Calcutta medical institutions reports 1879-81 [i.e.91]
Year: 1879
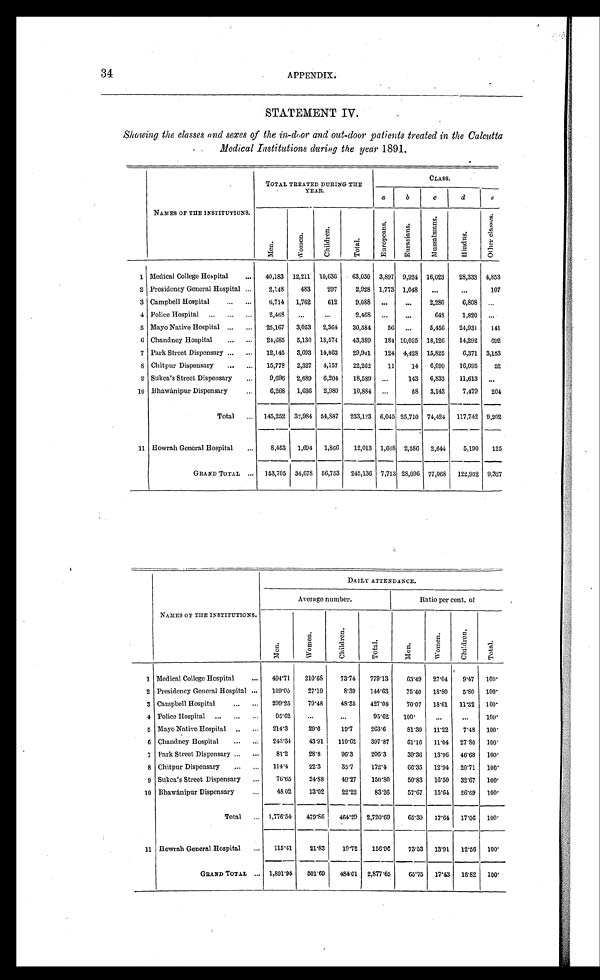
34
APPENDIX.
STATEMENT IV.
Showing the classes and sexes of the in-door and out-door patients treated in the Calcutta
Medical Institutions during the year 1891.
NAMES OF THE INSTITUTIONS.
TOTAL TREATED DURING THE
YEAR.
CLASS.
a
b
c
d
e
Men.
Women.
chi l dr en.
Tot al .
Eu r o p e a n s .
Eur a s i a ns .
Mu s s a l ma n s .
Hindus.
Ot her cl as s es .
1 Medical College Hospital . . .
40,183 12,211
10,636
63,030
3,897 9,924 16,023
28,333 4,853
2 Presidency General Hospital . . .
2,148
483
297
2,928 1,773 1,048
. . .
. . .
107
3 Campbell Hospital . . .
6,714
1,762
612
9,088
. . .
. . .
2,280
6,808
. . .
4 Police Hospital . . .
2,468
. . .
. . .
2,468
. . .
. . .
648
1,820
. . .
5 Mayo Native Hospital . . .
25,167
3,053
2,364
30,584
56
. . .
5,456
24,931
141
6 Chandney Hospital . . .
24,685
5,130 13,574
43,389
184 10,095 18,126
14,292
692
7 Park Street Dispensary . . .
12,145
3,693 14,063
29,901
124 4,428 15,825
6,371 3,153
8 Chitpur Dispensary . . .
15,778
2,327
4,157
22,262
11
14
6,090
16,095
52
9 Sukea's Street Dispensary . . .
9,696
2,689
6,204
18,589
. . .
143
6,833
11,613
. . .
10 Bhawánipur Dispensary . . .
6,268
1,636
2,980
10,884
. . .
58
3,143
7,479
204
Total . . .
145,252
32,984 54,887
233,123 6,045 25,710 74,424
117,742 9,202
11 Howrah General Hospital . . .
8,453
1,694
1,866
12,013 1,668 2,386
2,644
5,190
125
GRAND TOTAL . . .
153,705
34,678 56,753
245,136
7,713 28,096 77,068
122,932 9,327
NAMES OFTHE INSTITUTIONS.
DAILY ATTENDANCE.
Average number.
Ratio per cent. of
Men.
Women.
Chi l dr en.
Total.
Men.
Women.
Chi l dr e n.
Total.
1 Medical College Hospital . . .
494.71
210.68
73.74
779.13
63.49
27.04
9.47
100.
2 Presidency General Hospital . . .
109.05
27.19
8.39
144.63
75.40
18.8O
5.80
100.
3 Campbell Hospital . . .
299.25
79.48
48.35
427.08
70.07
18.61
11.32
100.
4 Police Hospital . . .
95.62
. . .
. . .
95.62
100.
. . .
. . .
100.
5 Mayo Native Hospital . . .
214.3
29.6
19.7
263.6
81.30
11.22
7.48
100.
6 Chandney Hospital . . .
243.34
43.91
110.62
397.87
61.16
11.04
27.80
100.
7 Park Street Dispensary . . .
81.2
28.8
96.3
206.3
39.36
13.96
46.68
100.
8 Chitpur Dispensary . . .
114.4
22.3
35.7
172.4
66.35
12.94
20.71
100.
9 Sukea's Street Dispensary . . .
76.65
24.88
49.27
150.80
50.83
16.50
32.67
100.
10 Bhawánipur Dispensary . . .
48.02
13.02
22.22
83.26
57.67
15.64
26.69
100.
Total . . . 1,776.54
479.86
464.29
2,720.69
65.30
17.64
17.06
100.
11 Howrah General Hospital . . .
115.41
21.83
19.72
156.96
73.53
13.91
12.56
100.
GRAND TOTAL . . . 1,891.95
501.69
484.01
2,877.65
65.75
17.43
16.82
100.